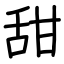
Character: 甜